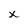
Character: x